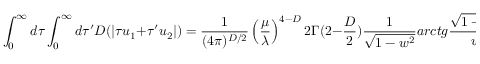
\int _ { 0 } ^ { \infty } d \tau \int _ { 0 } ^ { \infty } d \tau ^ { \prime } D ( | \tau u _ { 1 } + \tau ^ { \prime } u _ { 2 } | ) = \frac { 1 } { ( 4 \pi ) ^ { D / 2 } } \left( \frac { \mu } { \lambda } \right) ^ { 4 - D } 2 \Gamma ( 2 - \frac { D } { 2 } ) \frac { 1 } { \sqrt { 1 - w ^ { 2 } } } a r c t g \frac { \sqrt { 1 - w ^ { 2 } } } { w } ,